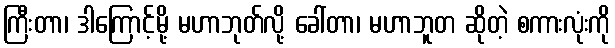
ကြီးတာ၊ ဒါကြောင့်မို့ မဟာဘုတ်လို့ ခေါ်တာ၊ မဟာဘူတ ဆိုတဲ့ စကားလုံးကို